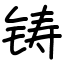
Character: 铸